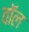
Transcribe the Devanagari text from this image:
वाॅल